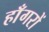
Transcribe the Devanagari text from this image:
हाँगरों